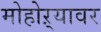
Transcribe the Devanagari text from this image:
मोहोऱ्यावर